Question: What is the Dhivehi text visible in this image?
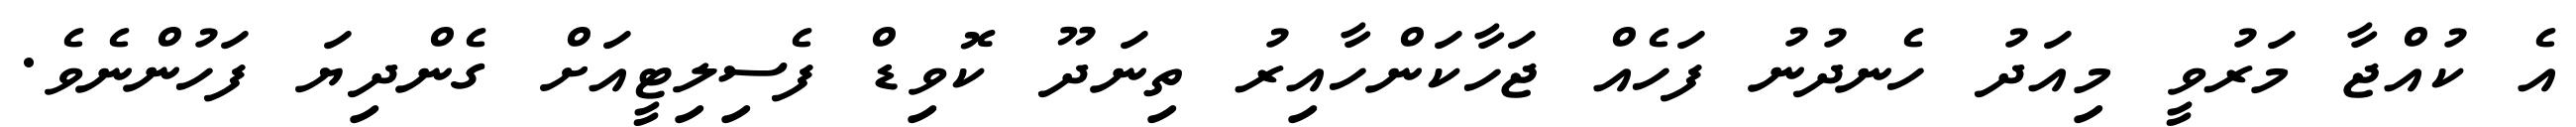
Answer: އެ ކުއްޖާ މަރުވީ މިއަދު ހެނދުނު ފަހެއް ޖަހާކަންހާއިރު ތިނަދޫ ކޮވިޑް ފެސިލިޓީއަށް ގެންދިޔަ ފަހުންނެވެ.